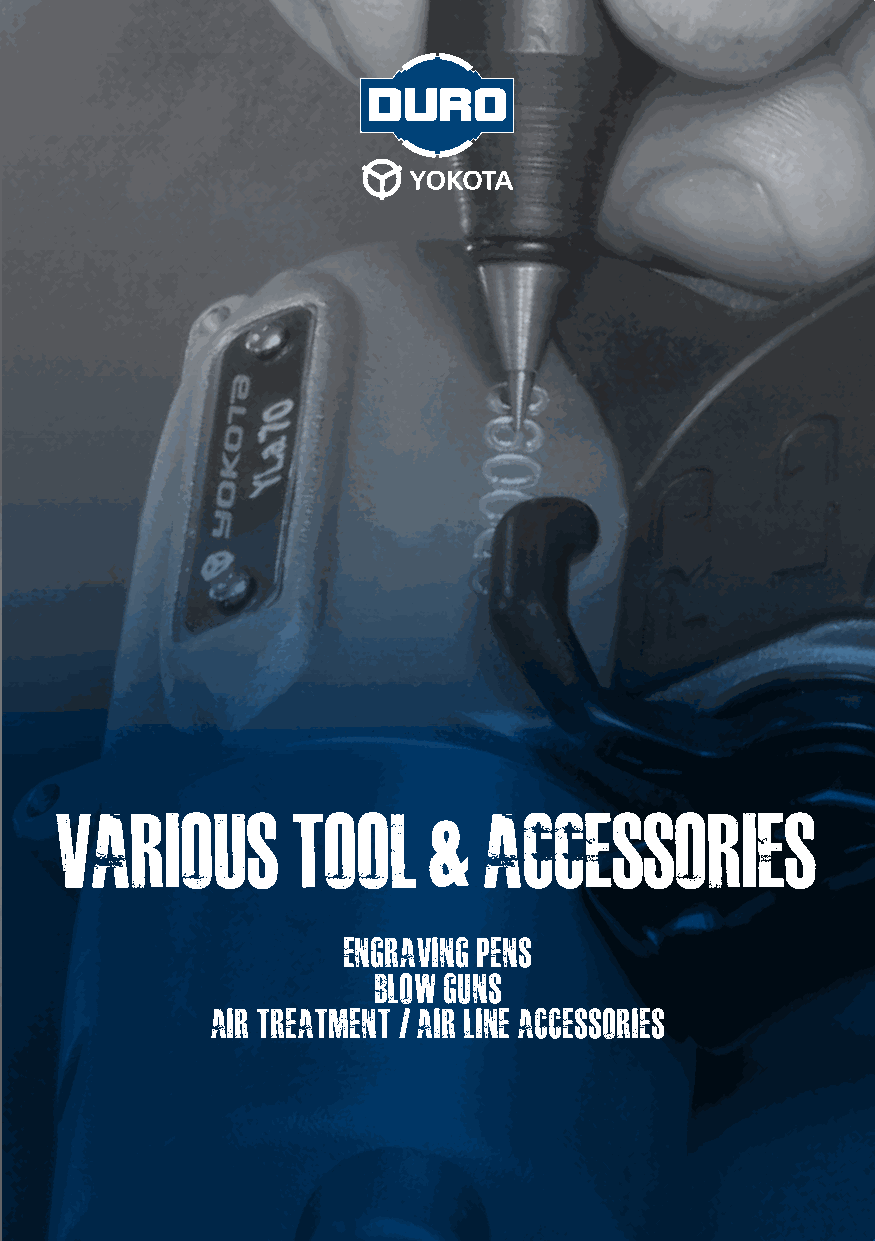
various        tool      &  accessories
 engraving pens
 blow guns
 air treatment / air line accessories